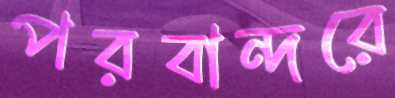
পরবান্দরে